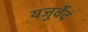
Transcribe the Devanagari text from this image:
यजुर्वेदं